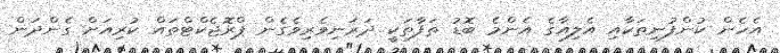
އެހެން ކުންފުނިތަކާއި އެލިއާގެ އެންމެ ބޮޑު ތަފާތަކީ ދަރަނިވެރިވެގެން ޕްރޮޖެކްޓްތައް ކުރިއަށް ގެންދަން